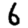
Digit: 6